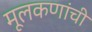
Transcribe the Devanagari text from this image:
मूलकणांची